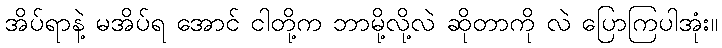
အိပ်ရာနဲ့ မအိပ်ရ အောင် ငါတို့က ဘာမို့လို့လဲ ဆိုတာကို လဲ ပြောကြပါအုံး။